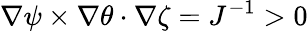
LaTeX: \nabla\psi\times\nabla\theta\cdot\nabla\zeta=J^{-1}>0